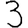
Digit: 3